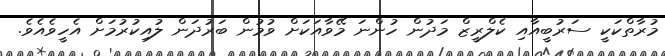
މުރާތްކަކީ ސަރުބީއާއި ކެލްރީޒް މަދުން ހުންނަ މޭވާއަކަށް ވުމުން ބަރުދަން ލުއިކުރުމަށް އެހީވެއެވެ.